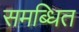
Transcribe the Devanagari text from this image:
समब्धित